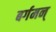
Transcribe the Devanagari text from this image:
बर्गमन्‌